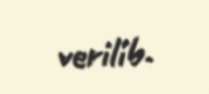
verilib.